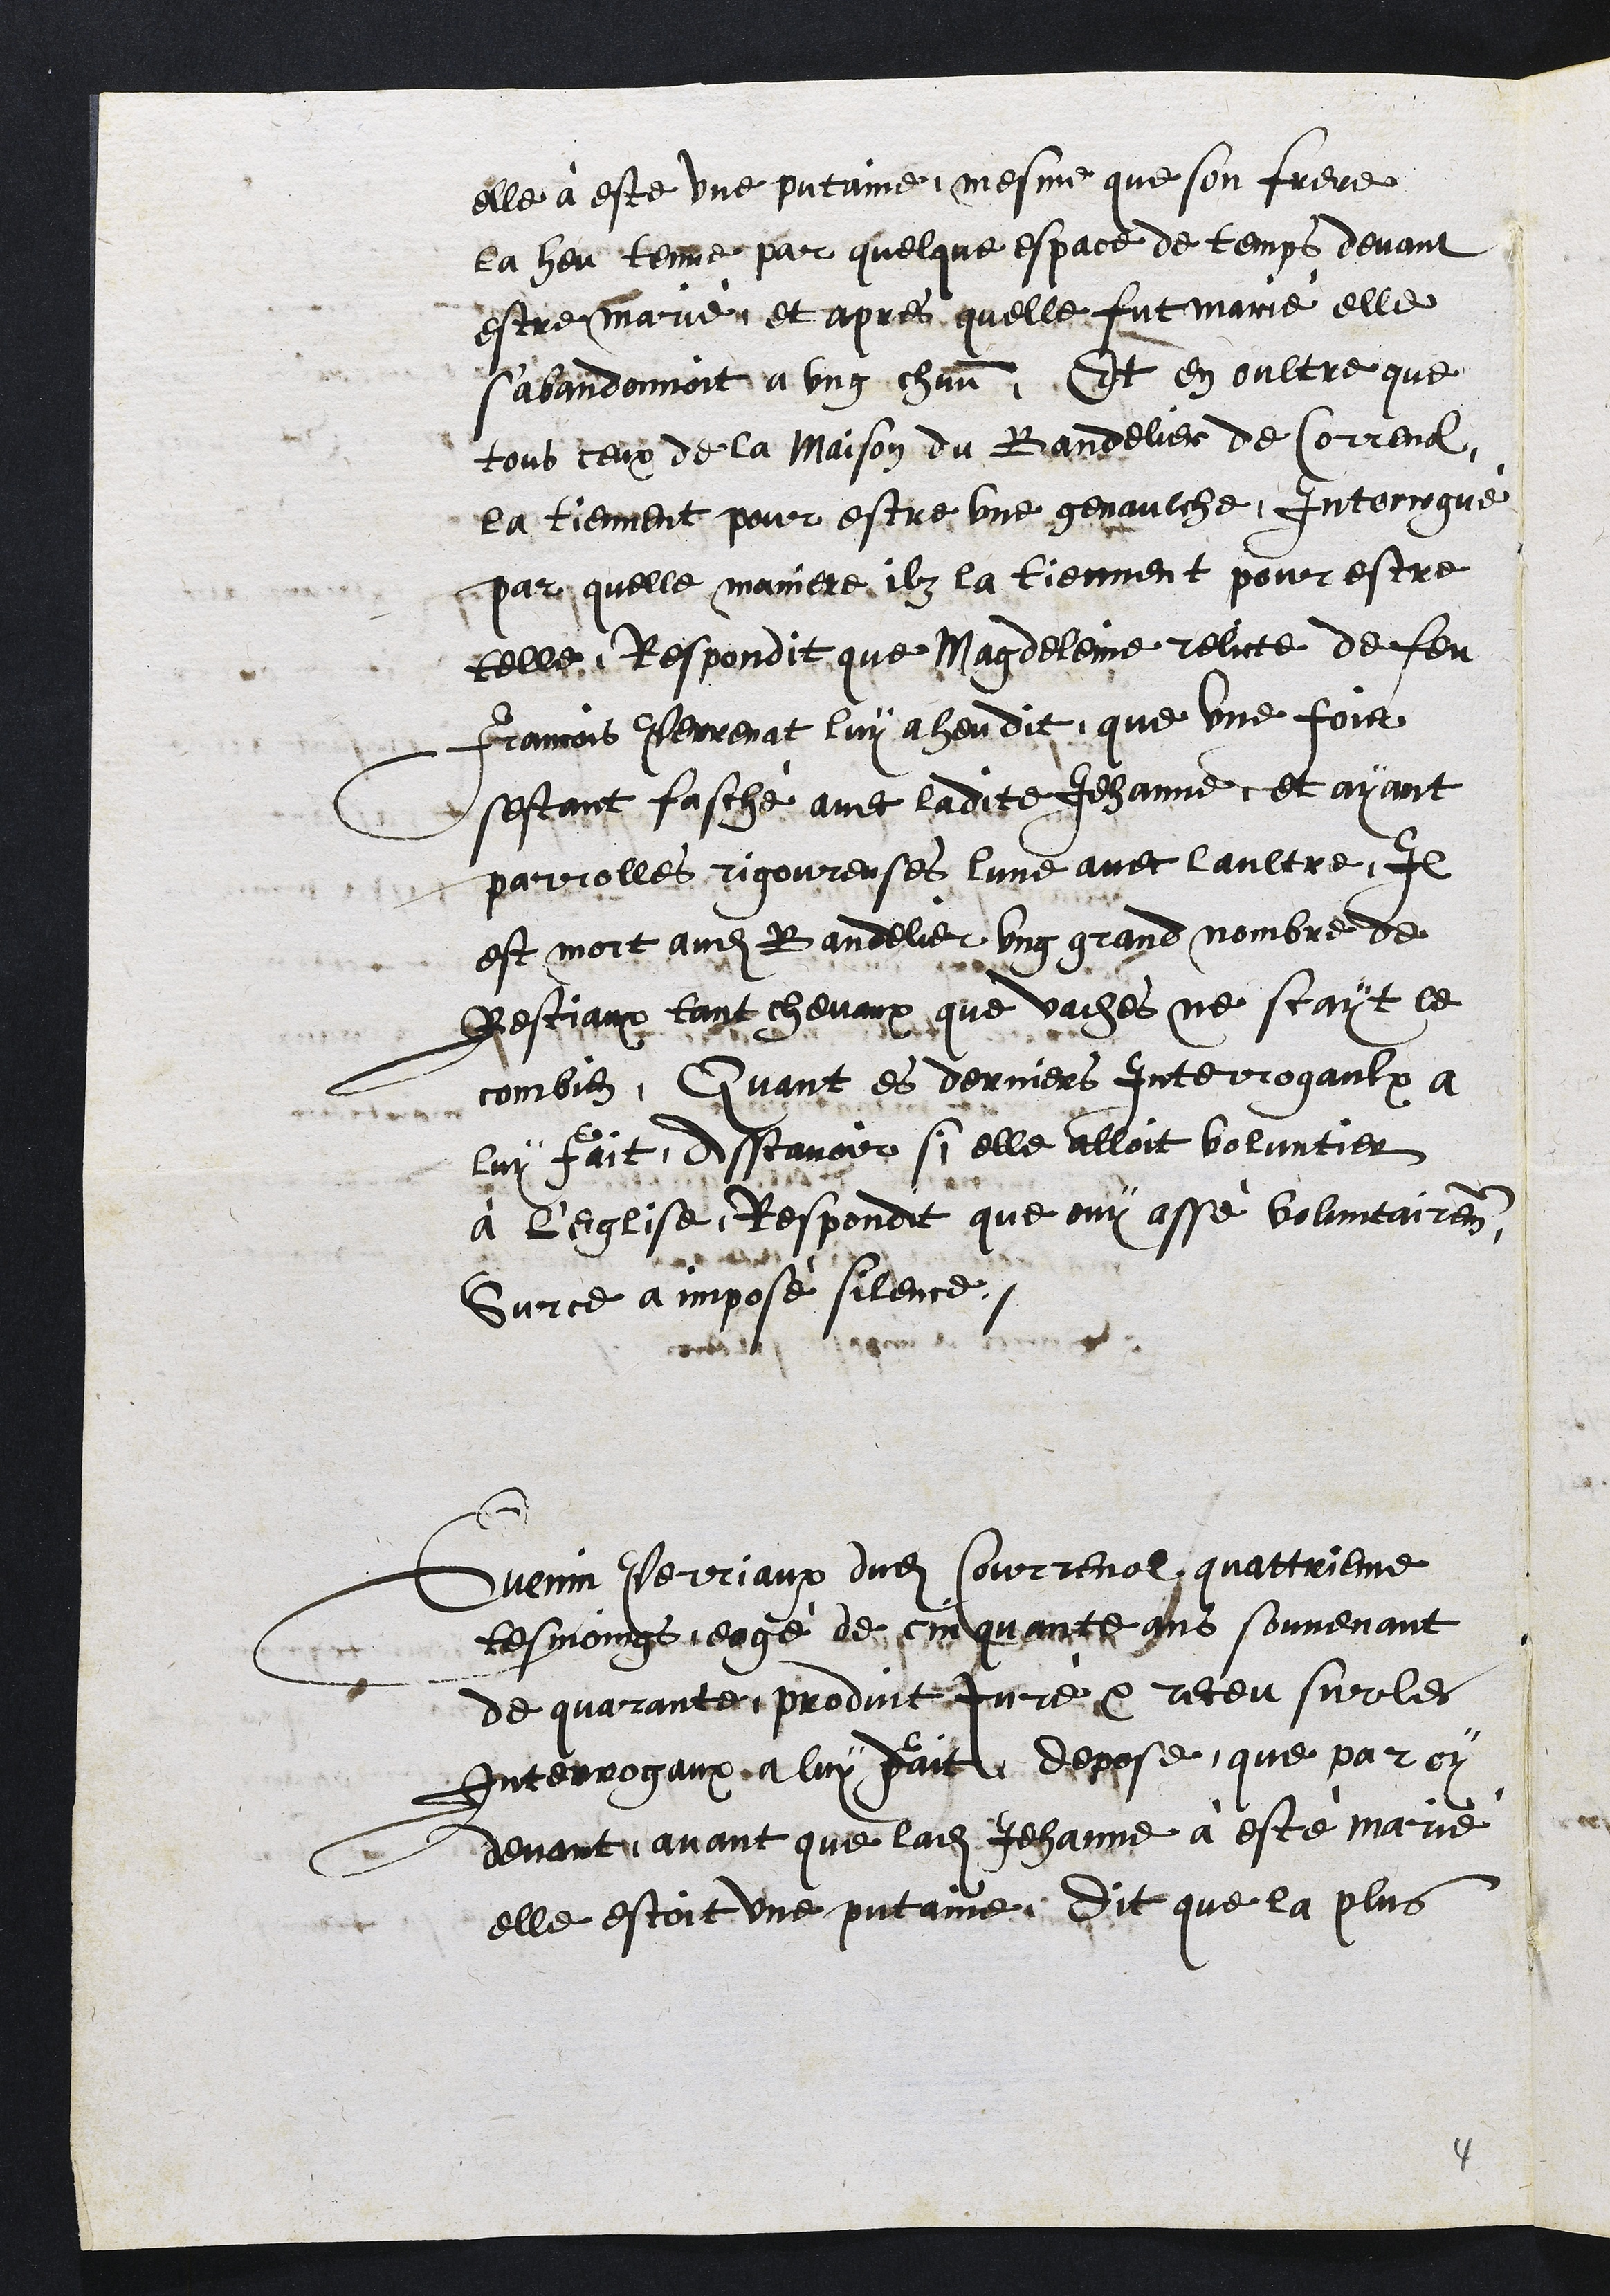
elle a este une putaine, mesme que son frere
la heu tenme par quelque espace de temps devant
estre marie et apres quelle fut maine elle
sabandonnoit a ung chaun. Et en oultre que
tous ceux de la maison du Bandelier de Correnol,
la tiennent pour estre une genaulche. Interrogue
par quelle maniere ilz la tiennent pour estre
telle, Respondit que Magdeleine relicte de feu
Franois Perrenat luy a heu dit, que une fois
sestant fasche avec ladite Jehanne, et ayant
parriolles rigoureuses lune avec laultre, Il
est mort audit Bandelier ung grand nombre de
Bestiaux tant chevaux que vaches ne scayt le
combien, Quant es derniers Interrogaulx à
luy fait, disscavoir si elle alloit boruntier
à leglise, Respondit que ouy asse volncairen,
Sur ce amposé silence.
Guenin Perriaux dudit Courrenol, quattrieme
tesmoings eagé de cinquante qns souvenant
de quaranter produit Jure pa receu sur les
Interrogaux, à luy pait la depose que par oy
devant avant que ladite Jehanne a este marie
elle estoit une putaine. Dit que la plus

4